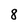
Character: 8